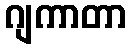
ဂျကာတာ